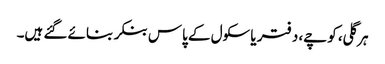
ہر گلی، کوچے، دفتر یا سکول کے پاس بنکر بنائے گئے ہیں۔